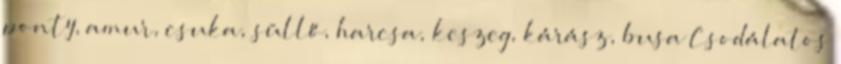
ponty, amur, csuka, süllő, harcsa, keszeg, kárász, busa Csodálatos